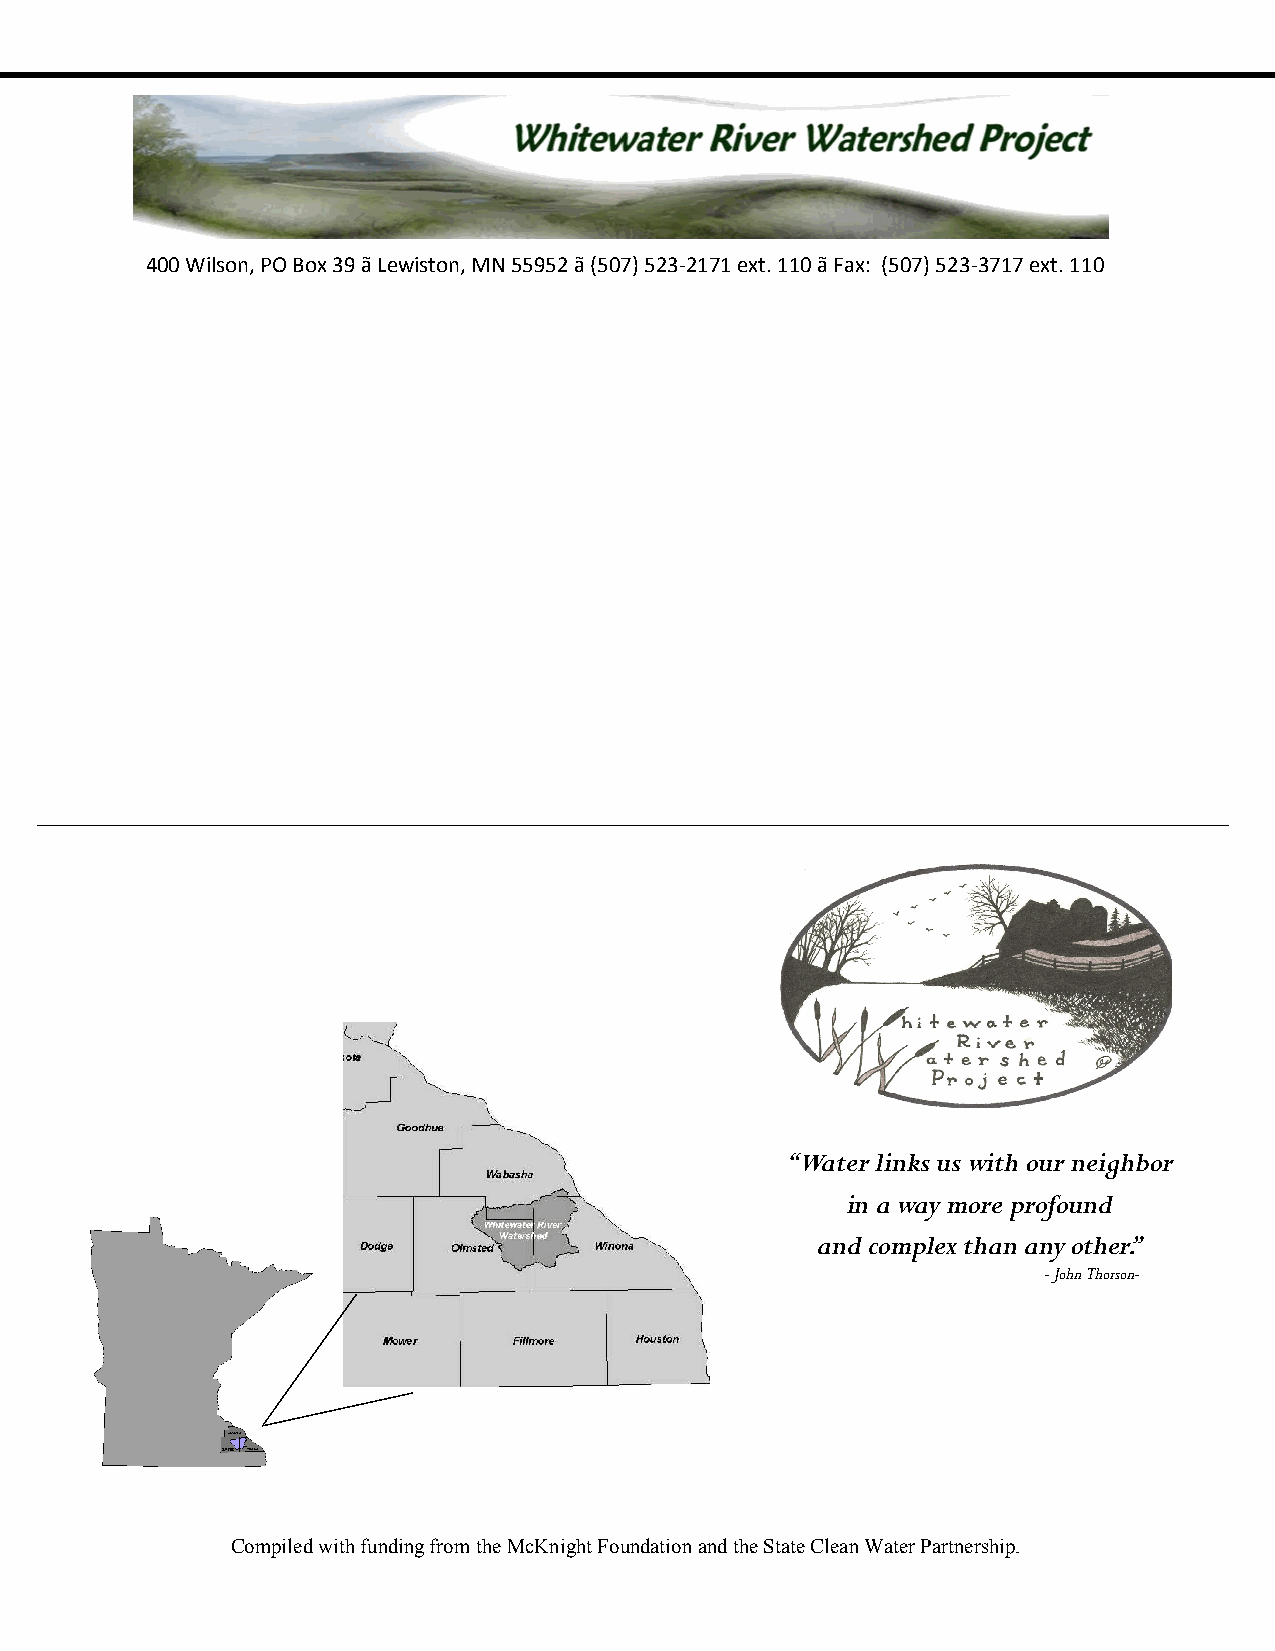
400 Wilson, PO Box 39 ã Lewiston, MN 55952 ã (507) 523-2171 ext. 110 ã Fax: (507) 523-3717 ext. 110
 “Water links us with our neighbor
 in a way more profound
 and complex than any other.”
 - John Thorson-
 Compiled with funding from the McKnight Foundation and the State Clean Water Partnership.